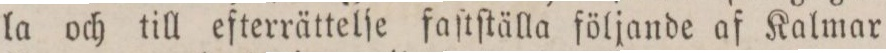
la och till efterrättelſe faſtſtälla följande af Kalmar